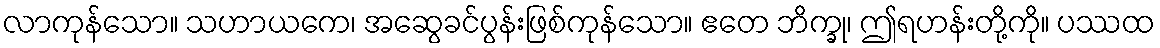
လာကုန်သော။ သဟာယကေ၊ အဆွေခင်ပွန်းဖြစ်ကုန်သော။ ဧတေ ဘိက္ခု၊ ဤရဟန်းတို့ကို။ ပဿထ